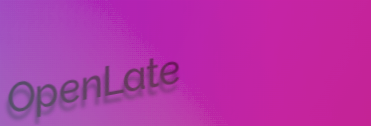
OpenLate